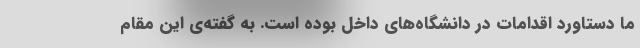
ما دستاورد اقدامات در دانشگاه‌های داخل بوده است. به گفته‌ی این مقام